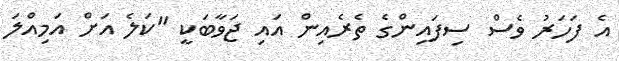
އެ ފަހަރު ވެސް ސިފައިންގެ ތެރެއިން އައި ޖަވާބަކީ "ކަލެ އަށް އަމިއްލަ